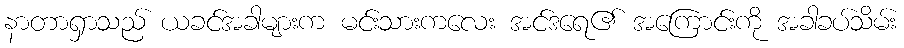
နာတာရှာသည် ယခင်အခါများက မင်းသားကလေး အင်ဒရေ၏ အကြောင်းကို အခါခပ်သိမ်း